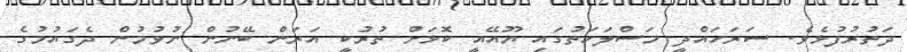
ދަތުރުފުޅެވެ. ސަރަހައްދީ މަސްލަހަތުގައި ޔޫއޭއީ ކޮޅަށް ތުުރުކީ އަރަން ބޭނުން ނުވުމުން ދެގައުމުގެ